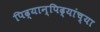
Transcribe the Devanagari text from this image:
पिढ्यान्‌पिढ्यांच्या